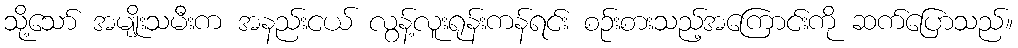
သို့သော် အမျိုးသမီးက အနည်းငယ် လွန့်လူးရုန်းကန်ရင်း စဉ်းစားသည့်အကြောင်းကို ဆက်ပြောသည်။